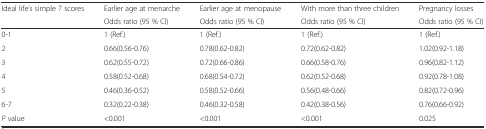
<table><thead><tr><td rowspan="2"><b>Ideal life’s simple 7 scores</b></td><td><b>Earlier age at menarche</b></td><td><b>Earlier age at menopause</b></td><td><b>With more than three children</b></td><td><b>Pregnancy losses</b></td></tr><tr><td><b>Odds ratio (95 % CI)</b></td><td><b>Odds ratio (95 % CI)</b></td><td><b>Odds ratio (95 % CI)</b></td><td><b>Odds ratio (95 % CI)</b></td></tr></thead><tbody><tr><td>0-1</td><td>1 (Ref.)</td><td>1 (Ref.)</td><td>1 (Ref.)</td><td>1 (Ref.)</td></tr><tr><td>2</td><td>0.66(0.56-0.76)</td><td>0.78(0.62-0.82)</td><td>0.72(0.62-0.82)</td><td>1.02(0.92-1.18)</td></tr><tr><td>3</td><td>0.62(0.55-0.72)</td><td>0.72(0.66-0.86)</td><td>0.66(0.58-0.76)</td><td>0.96(0.82-1.12)</td></tr><tr><td>4</td><td>0.58(0.52-0.68)</td><td>0.68(0.54-0.72)</td><td>0.62(0.52-0.68)</td><td>0.92(0.78-1.08)</td></tr><tr><td>5</td><td>0.46(0.36-0.52)</td><td>0.58(0.52-0.66)</td><td>0.56(0.48-0.66)</td><td>0.82(0.72-0.96)</td></tr><tr><td>6-7</td><td>0.32(0.22-0.38)</td><td>0.46(0.32-0.58)</td><td>0.42(0.38-0.56)</td><td>0.76(0.66-0.92)</td></tr><tr><td><i>P</i> value</td><td>&lt;0.001</td><td>&lt;0.001</td><td>&lt;0.001</td><td>0.025</td></tr></tbody></table>